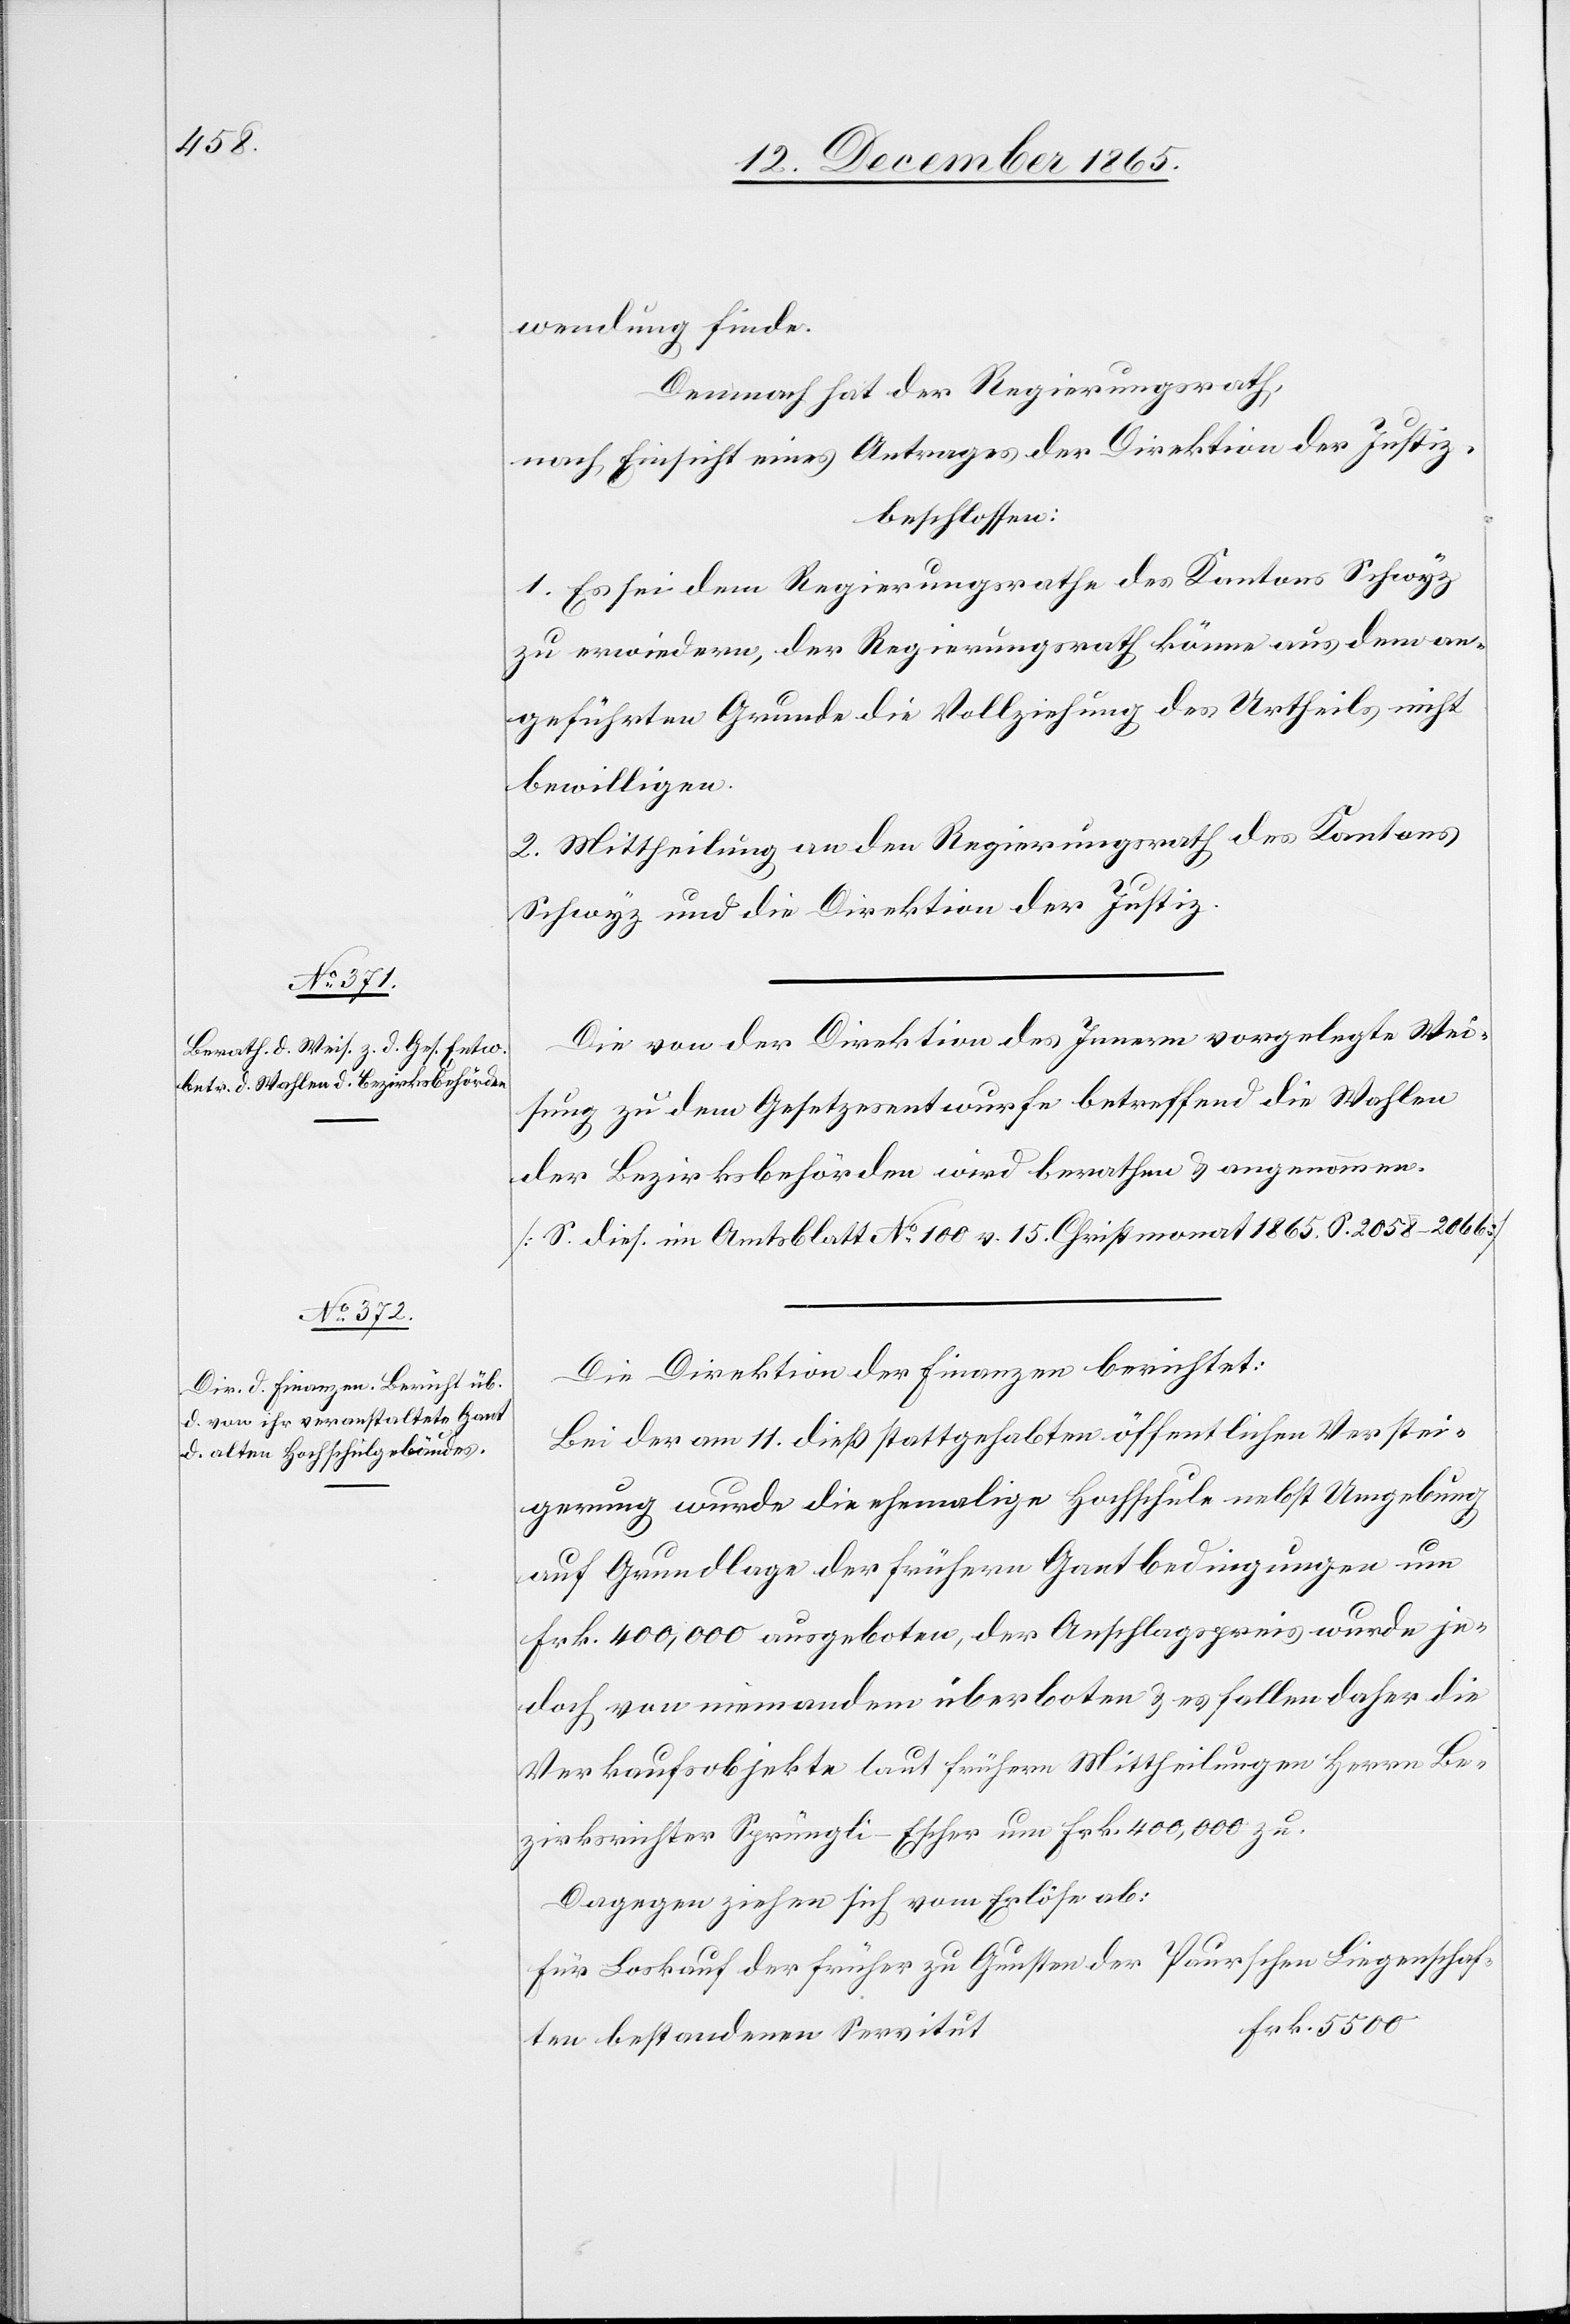
wendung finde[n].
Demnach hat der Regierungsrath,
nach Einsicht eines Antrages der Direktion der Justiz,
beschlossen:
1. Es sei dem Regierungsrathe der Kantons Schwyz
zu erwiedern, der Regierungsrath könne aus dem an¬
geführten Grunde die Vollziehung des Urtheils nicht
bewilligen.
2. Mittheilung an den Regierungsrath des Kantons
Schwyz und die Direktion der Justiz.
Die von der Direktion des Innern vorgelegte Wei¬
sung zu dem Gesetzesentwurfe betreffend die Wahlen
der Bezirksbehörden wird berathen & angenommen.
[S. dies. im Amtsblatt No 100 v. 15. Christmonat 1865. S. 2058–2066]
Die Direktion der Finanzen berichtet:
Bei der am 11. dieß stattgehabten öffentlichen Verstei¬
gerung wurde die ehemalige Hochschule nebst Umgebung
auf Grundlage der frühern Gantbedingungen um
Frk. 400,000 ausgeboten, der Anschlagspreis wurde je¬
doch von niemandem überboten & es fallen daher die
Verkaufsobjekte laut frühern Mittheilungen Herrn Be¬
zirksrichter Spüngli-Escher um Frk. 400,000 zu.
Dagegen ziehen sich vom Erlös ab:
den Loskauf der früher zu Gunsten der Paurschen Liegenschaf¬
ten bestandenen Servitut